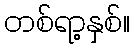
တစ်ရာ့နှစ်။